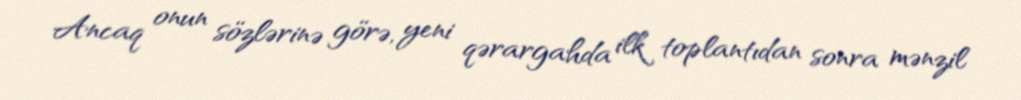
Ancaq onun sözlərinə görə, yeni qərargahda ilk toplantıdan sonra mənzil